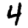
Digit: 4